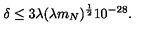
\delta \leq 3 \lambda ( \lambda m _ { N } ) ^ { \frac { 1 } { 2 } } 1 0 ^ { - 2 8 } .